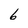
Character: 6